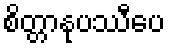
စိတ္တာနုပဿီပေ